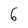
Character: 6